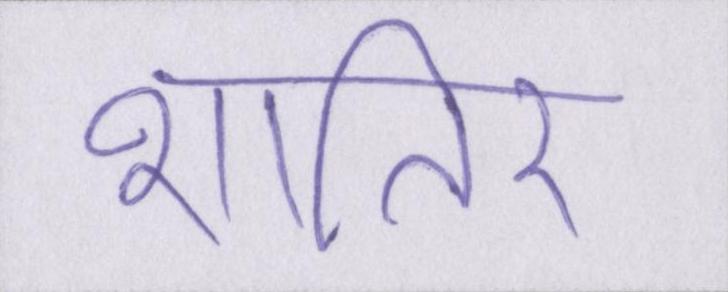
शातिर